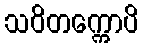
သဝိတက္ကောပိ